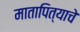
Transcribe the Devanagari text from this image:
मातापित्याचे